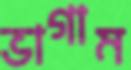
ভাগাম